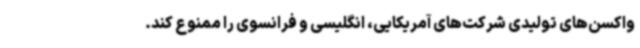
واکسن‌های تولیدی شرکت‌های آمریکایی، انگلیسی و فرانسوی را ممنوع کند.